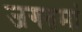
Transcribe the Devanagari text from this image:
जगतमां